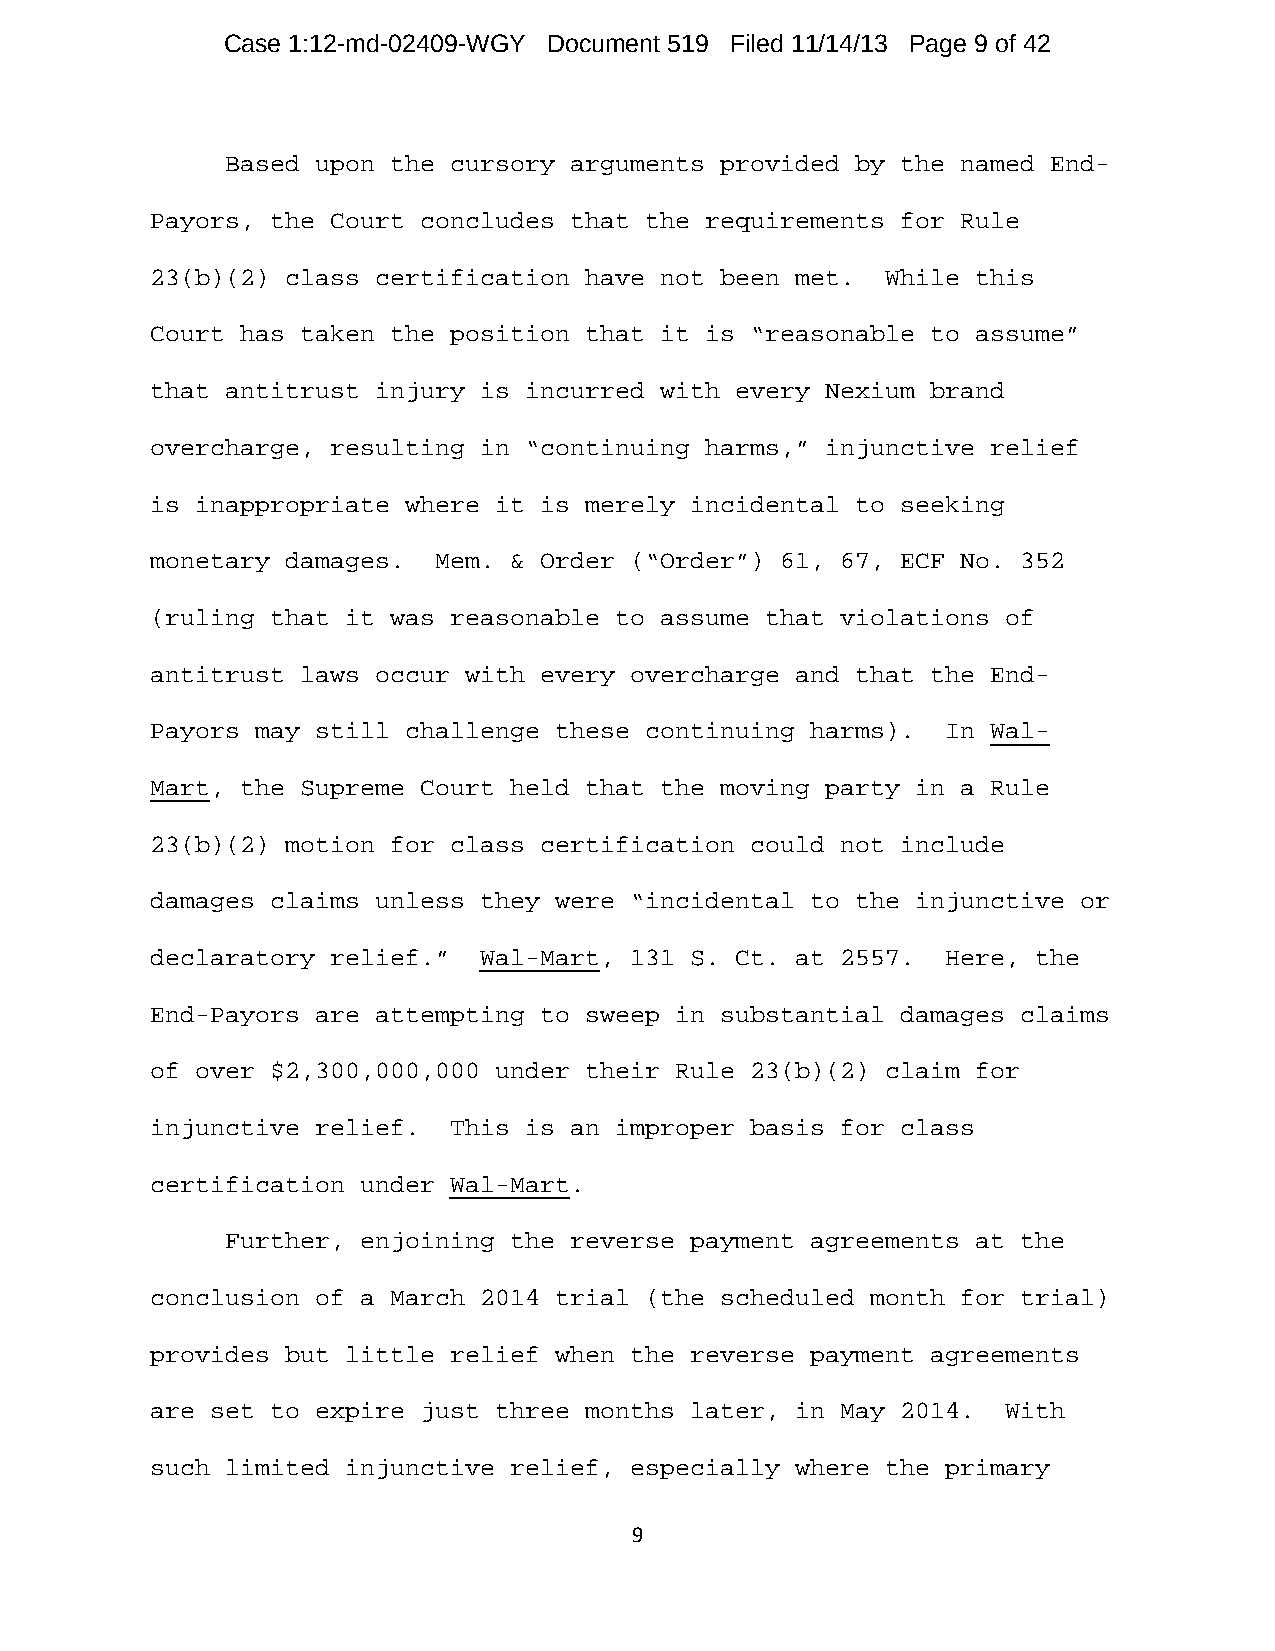
Case 1:12-md-02409-WGY Document 519 Filed 11/14/13 Page 9 of 42
 Based upon the cursory arguments provided by the named End-
 Payors, the Court concludes that the requirements for Rule
 23(b)(2) class certification have not been met.  While this
 Court has taken the position that it is “reasonable to assume”
 that antitrust injury is incurred with every Nexium brand
 overcharge, resulting in “continuing harms,” injunctive relief
 is inappropriate where it is merely incidental to seeking
 monetary damages.  Mem. & Order (“Order”) 61, 67, ECF No. 352
 (ruling that it was reasonable to assume that violations of
 antitrust laws occur with every overcharge and that the End-
 Payors may still challenge these continuing harms).  In Wal-
 Mart, the Supreme Court held that the moving party in a Rule
 23(b)(2) motion for class certification could not include
 damages claims unless they were “incidental to the injunctive or
 declaratory relief.”  Wal-Mart, 131 S. Ct. at 2557.  Here, the
 End-Payors are attempting to sweep in substantial damages claims
 of over $2,300,000,000 under their Rule 23(b)(2) claim for
 injunctive relief.  This is an improper basis for class
 certification under Wal-Mart.
 Further, enjoining the reverse payment agreements at the
 conclusion of a March 2014 trial (the scheduled month for trial)
 provides but little relief when the reverse payment agreements
 are set to expire just three months later, in May 2014.  With
 such limited injunctive relief, especially where the primary
 9